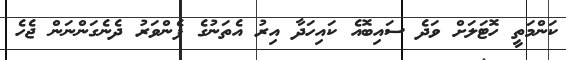
ކަންމަތީ ހޮޓަލަށް ވަދެ ސައިބޮއެ ކައިހަދާ އިރު އެތަނުގެ ފެންވަރު ދެނެގަންނަން ޖެހެ